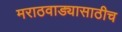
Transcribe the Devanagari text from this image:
मराठवाड्यासाठीच